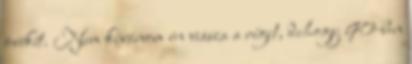
övékét. Nem kívánom én vissza a régit, dehogy 90-ben